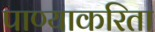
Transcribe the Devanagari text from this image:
पाण्याकरिता